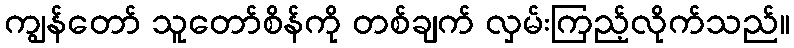
ကျွန်တော် သူတော်စိန်ကို တစ်ချက် လှမ်းကြည့်လိုက်သည်။